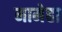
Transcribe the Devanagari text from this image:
मामेहा